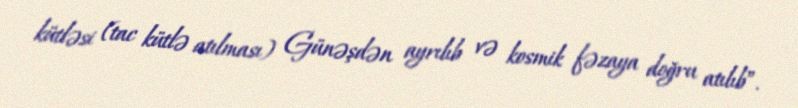
kütləsi (tac kütlə atılması) Günəşdən ayrılıb və kosmik fəzaya doğru atılıb”.